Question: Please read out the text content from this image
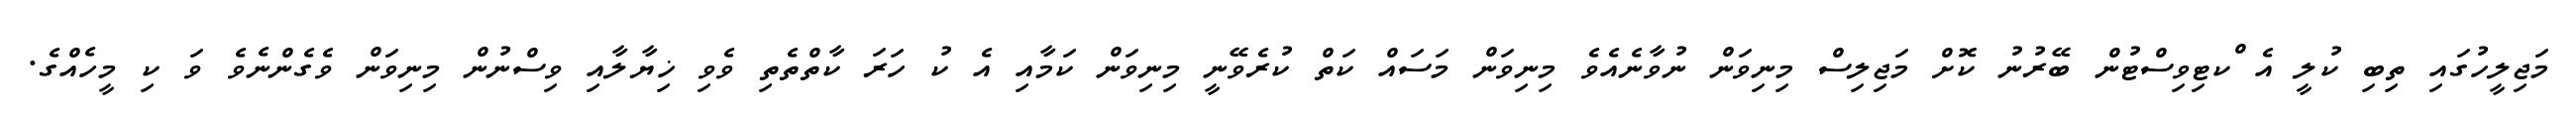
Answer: މަޖިލީހުގައި ތިބި ކުލީ އެ ްކޓިވިސްޓުން ބޭރުނު ކޮށް މަޖިލިސް މިނިވަން ނުވާނެއެވެ މިނިވަން މަސައް ކަތް ކުރެވޭނީ މިނިވަން ކަމާއި އެ ކު ހަރަ ކާތްތެތި ވެވި ޚިޔާލާއި ވިސްނުން މިނިވަން ވެގެންނެވެ ވަ ކި މީހެއްގެ.